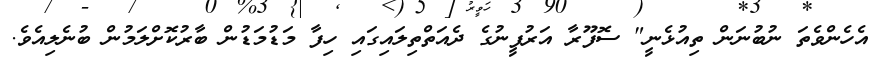
އެހެންވެތަ ނުބުނަން ތިއުޅެނީ" ސޮފޫރާ އަރުފީނުގެ ދެއަތްތިލައިގައި ހިފާ މަޑުމަޑުން ބާރުކޮށްލަމުން ބުނެލިއެވެ.